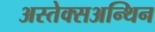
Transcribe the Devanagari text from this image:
अस्तेक्सअन्थिन